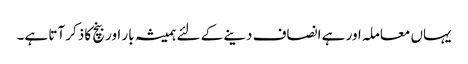
یہاں معاملہ اور ہے انصاف دینے کے لئے ہمیشہ بار اور بنچ کا ذکر آتا ہے۔